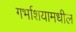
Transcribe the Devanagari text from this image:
गर्भाशयामधील